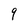
Character: 9